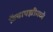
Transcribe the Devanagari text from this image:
फ्रेंचायझीमध्ये